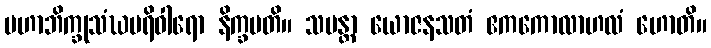
မဟာဘိက္ခုသံဃပရိဝါရော နိက္ခမတိ။ သမန္တာ ယောဇနသတံ ဧကကောလာဟလံ ဟောတိ။